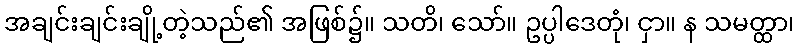
အချင်းချင်းချို့တဲ့သည်၏ အဖြစ်၌။ သတိ၊ သော်။ ဥပ္ပါဒေတုံ၊ ငှာ။ န သမတ္ထာ၊